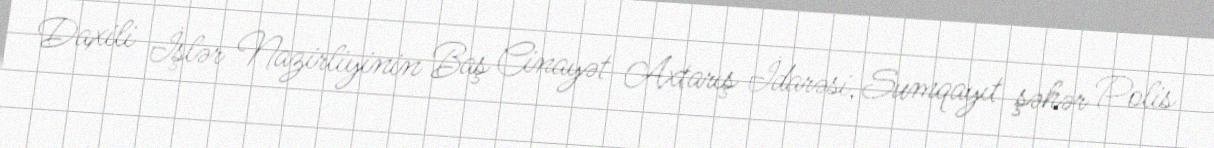
Daxili İşlər Nazirliyinin Baş Cinayət Axtarış İdarəsi, Sumqayıt şəhər Polis